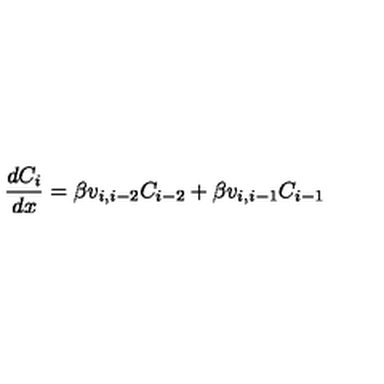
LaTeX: \frac { d C _ { i } } { d x } = \beta v _ { i , i - 2 } C _ { i - 2 } + \beta v _ { i , i - 1 } C _ { i - 1 }